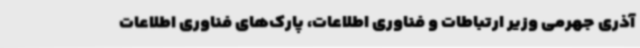
آذری جهرمی وزیر ارتباطات و فناوری اطلاعات، پارک‌های فناوری اطلاعات